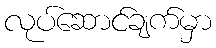
လုပ်ဆောင်ချက်မှာ